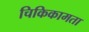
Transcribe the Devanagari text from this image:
चिकिकामता